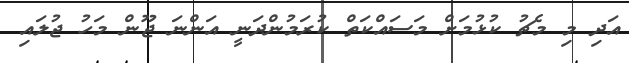
އަދި މި މެޗު ކުޅުމަށް މަސައްކަތް ކުރަމުންދަނީ އަންނަ ޖޫން މަހު ޖުލައި